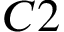
C 2